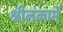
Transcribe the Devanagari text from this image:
श्रीलंकामें